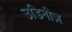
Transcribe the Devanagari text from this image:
उडिनीज़